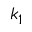
k _ { 1 }